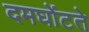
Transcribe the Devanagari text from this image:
दमघोंटते